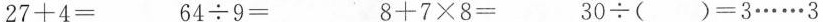
$$2 7 + 4 =$$$$6 4 ÷ 9 = $$$$8 + 7 × 8 = $$$$3 0 ÷ ( ) = 3 … … 3 $$